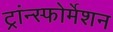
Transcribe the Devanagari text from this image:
ट्रांन्स्फोर्मेशन